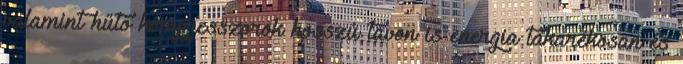
valamint hűtő kompresszorok hosszú távon is energia takarékosan és